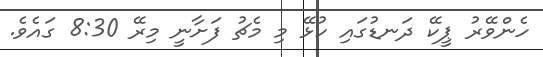
ހެންވޭރު ޕީކޭ ދަނޑުގައި ކުޅޭ މި މެޗު ފަށާނީ މިރޭ 8:30 ގައެވެ.